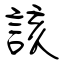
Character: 該